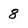
Character: 8